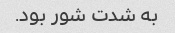
به شدت شور بود.